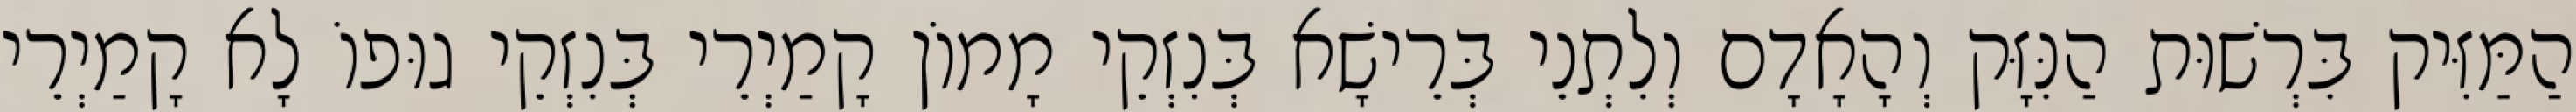
הַמַּזִּיק בִּרְשׁוּת הַנִּזָּק וְהָאָדָם וְלִתְנֵי בְּרֵישָׁא בְּנִזְקֵי מָמוֹן קָמַיְרֵי בְּנִזְקֵי גוּפוֹ לָא קָמַיְרֵי